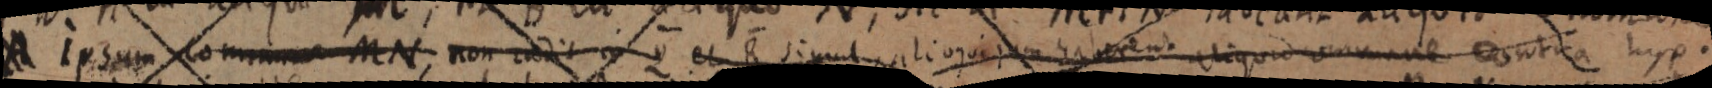
A Ipsum commune MN, non cadit in Q et R simul, alioqui _ haberent aliquid commune contra hyp.